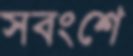
সবংশে